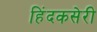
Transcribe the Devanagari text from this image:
हिंदकसेरी